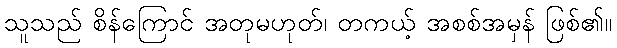
သူသည် စိန်ကြောင် အတုမဟုတ်၊ တကယ့် အစစ်အမှန် ဖြစ်၏။